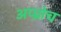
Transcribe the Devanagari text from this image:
अप्प्रोच